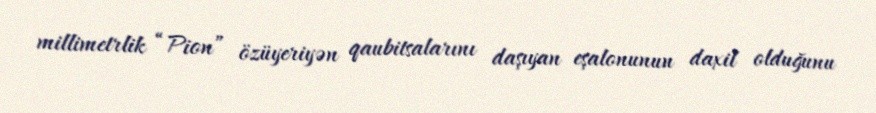
millimetrlik “Pion” özüyeriyən qaubitsalarını daşıyan eşalonunun daxil olduğunu